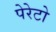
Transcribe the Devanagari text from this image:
पेरेटो